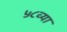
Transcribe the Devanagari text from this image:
५८व्या